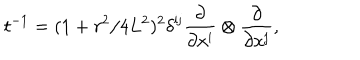
t ^ { - 1 } = ( 1 + r ^ { 2 } / 4 L ^ { 2 } ) ^ { 2 } \delta ^ { \mathrm { i j } } { \frac { \partial } { \partial x ^ { \mathrm { i } } } } \otimes { \frac { \partial } { \partial x ^ { \mathrm { j } } } } ,